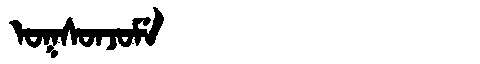
Manchu: ᠣᡴᠰᠣᠨᠵᠣᠮᡝ
Romanization: OKSONJOME